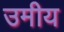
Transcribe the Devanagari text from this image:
उमीय